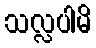
သလ္လပါမိ